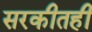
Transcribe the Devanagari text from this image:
सरकीतही